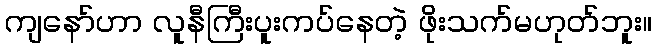
ကျနော်ဟာ လူနီကြီးပူးကပ်နေတဲ့ ဖိုးသက်မဟုတ်ဘူး။